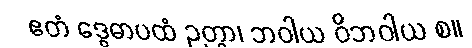
ဧတံ ဒွေဓာပထံ ဉတွာ၊ ဘဝါယ ဝိဘဝါယ စ။